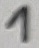
Text: 1